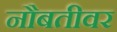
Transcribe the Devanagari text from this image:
नौबतीवर